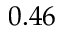
0 . 4 6